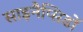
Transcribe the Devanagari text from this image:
साइनैप्सिडों